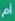
ام